Sanitation, dispensaries and jails vaccination Rajputana 1922-1927 - 1922-1927
Year: 1922
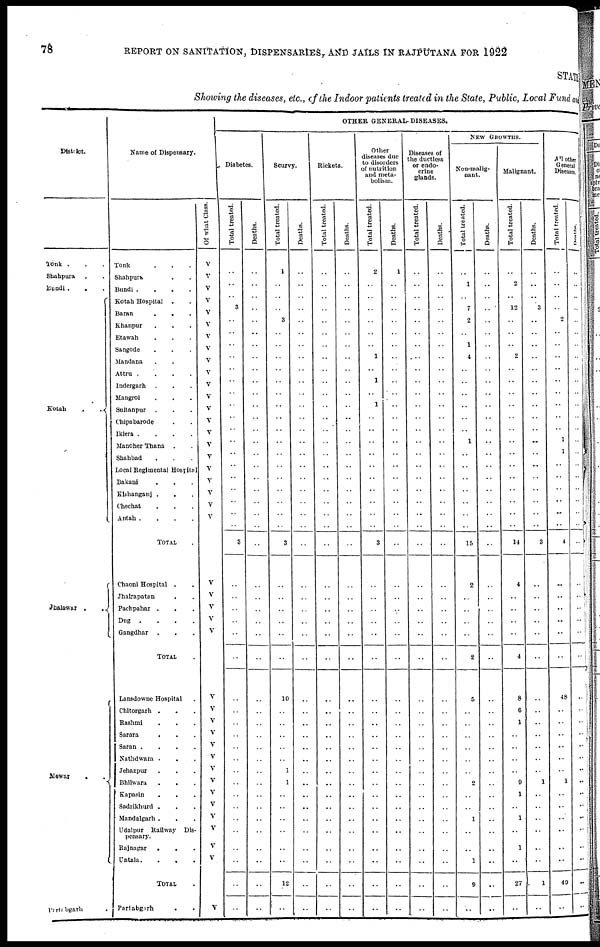
78
REPORT ON SANITATION, DISPENSARIES, AND JAILS IN RAJPUTANA FOR 1922
STATE
Showing the diseases, etc., of the Indoor patients treated in the State, Public, Local Fund and
District
Tonk ...
Shahpura ..
Bundi ...
Kotah
..
Jhalawar
..
Mewar
..
Partabgarh .
Name of Dispensary.
Tonk ...
Shahpura ..
Bundi .
.
.
.
Kotah Hospital ..
Baran ...
Khanpur ...
Etawah ...
Sangode ...
Mandana ...
Attru .
.
.
.
Indergarh ...
Mangrol ...
Sultanpur ...
Chipabarode ...
Iklera .
.
.
.
Manoher Thana ...
Shahbad ...
Local Regimental Hospital
Bakani
...
Kishanganj ...
Chechat ...
Antah .
.
.
.
TOTAL .
Chaoni Hospital ..
Jhalrapatan ...
Pachpahar
...
Dug
.
.
.
.
Gangdhar ...
TOTAL .
Lansdowne Hospital .
Chitorgarh ...
Rashmi
...
Sarara
...
Saran .
.
.
.
Nathdwara
...
Jehazpur
...
Bhilwara
...
Kapasin
...
Sadrikhurd ...
Mandalgarh ...
Udaipur Railway Dis-
pensary.
Rajnagar
...
Untala.
...
TOTAL .
Partabgarh
..
Of what Class.
V
V
V
V
V
V
V
V
V
V
V
V
V
V
V
V
V
V
V
V
V
V
V
V
V
V
V
V
V
V
V
V
V
V
V
V
V
V
V
V
V
V
OTHER GENERAL DISEASES.
Diabetes.
Total treated.
..
..
..
3
..
..
..
..
..
..
..
..
..
..
..
..
..
..
..
..
..
3
..
..
..
..
..
..
..
..
..
..
..
..
..
..
..
..
..
..
..
..
..
..
Deaths.
..
..
..
..
..
..
..
..
..
..
..
..
..
..
..
..
..
..
..
..
..
..
..
..
..
..
..
..
..
..
..
..
..
..
..
..
..
..
..
..
..
..
..
..
Scurvy.
Total treated.
1
..
..
..
3
..
..
..
..
..
..
..
..
..
..
..
..
..
..
..
..
3
..
..
..
..
..
..
10
..
..
..
..
..
1
1
..
..
..
..
..
..
12
..
Deaths.
..
..
..
..
..
..
..
..
..
..
..
..
..
..
..
..
..
..
..
..
..
..
..
..
..
..
..
..
..
..
..
..
..
..
..
..
..
..
..
..
..
..
..
..
Rickets.
Total treated.
..
..
..
..
..
..
..
..
..
..
..
..
..
..
..
..
..
..
..
..
..
..
..
..
..
..
..
..
..
..
..
..
..
..
..
..
..
..
..
..
..
..
..
..
Deaths.
..
..
..
..
..
..
..
..
..
..
..
..
..
..
..
..
..
..
..
..
..
..
..
..
..
..
..
..
..
..
..
..
..
..
..
..
..
..
..
..
..
..
..
..
Other
diseases due
to disorders
of nutrition
and meta-
bolism.
Total treated.
2
..
..
..
..
..
..
..
..
1
..
..
..
..
..
..
..
..
..
..
..
3
..
..
..
..
..
..
..
..
..
..
..
..
..
..
..
..
..
..
..
..
..
..
Deaths.
1
..
..
..
..
..
..
..
..
..
..
..
..
..
..
..
..
..
..
..
..
..
..
..
..
..
..
..
..
..
..
..
..
..
..
..
..
..
..
..
..
..
..
..
Diseases of
the ductless
or endo-
crine
glands.
Total treated.
..
..
..
..
..
..
..
..
..
..
..
..
..
..
..
..
..
..
..
..
..
..
..
..
..
..
..
..
..
..
..
..
..
..
..
..
..
..
..
..
..
..
..
..
Deaths.
..
..
..
..
..
..
..
..
..
..
..
..
..
..
..
..
..
..
..
..
..
..
..
..
..
..
..
..
..
..
..
..
..
..
..
..
..
..
..
..
..
..
..
..
NEW
GROWTHS.
Non-malig-
nant.
Total treated.
..
1
..
7
2
..
1
..
..
..
..
..
..
..
1
..
..
..
..
..
..
15
2
..
..
..
..
2
5
..
..
..
..
..
..
2
..
..
1
..
..
1
9
..
Deaths.
..
..
..
..
..
..
..
..
..
..
..
..
..
..
..
..
..
..
..
..
..
..
..
..
..
..
..
..
..
..
..
..
..
..
..
..
..
..
..
..
..
..
..
..
Malignant.
Total treated.
..
2
..
12
..
..
2
..
..
..
..
..
..
..
..
..
..
..
..
..
..
14
4
..
..
..
..
4
8
6
1
..
..
..
..
9
1
..
1
..
1
..
27
..
Deaths.
..
..
..
3
..
..
..
..
..
..
..
..
..
..
..
..
..
..
..
..
..
3
..
..
..
..
..
..
..
..
..
..
..
..
..
1
..
..
..
..
..
..
1
..
All other
General
Diseases.
Total treated.
..
..
..
..
2
..
..
..
..
..
..
..
..
..
..
1
..
..
..
..
..
4
..
..
..
..
..
..
48
..
..
..
..
..
..
1
..
..
..
..
..
..
49
..
Deaths.
..
..
..
..
..
..
..
..
..
..
..
..
..
..
..
..
..
..
..
..
..
..
..
..
..
..
..
..
..
..
..
..
..
..
..
..
..
..
..
..
..
..
..
..